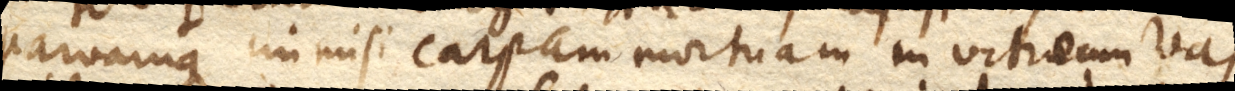
parvamque immisi carpam mortuam in vitreum vas